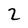
Character: 2